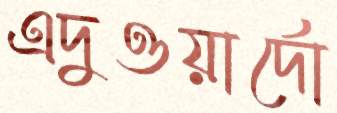
এদুওয়ার্দো